Vastemoisa_vallakohus, lk 7
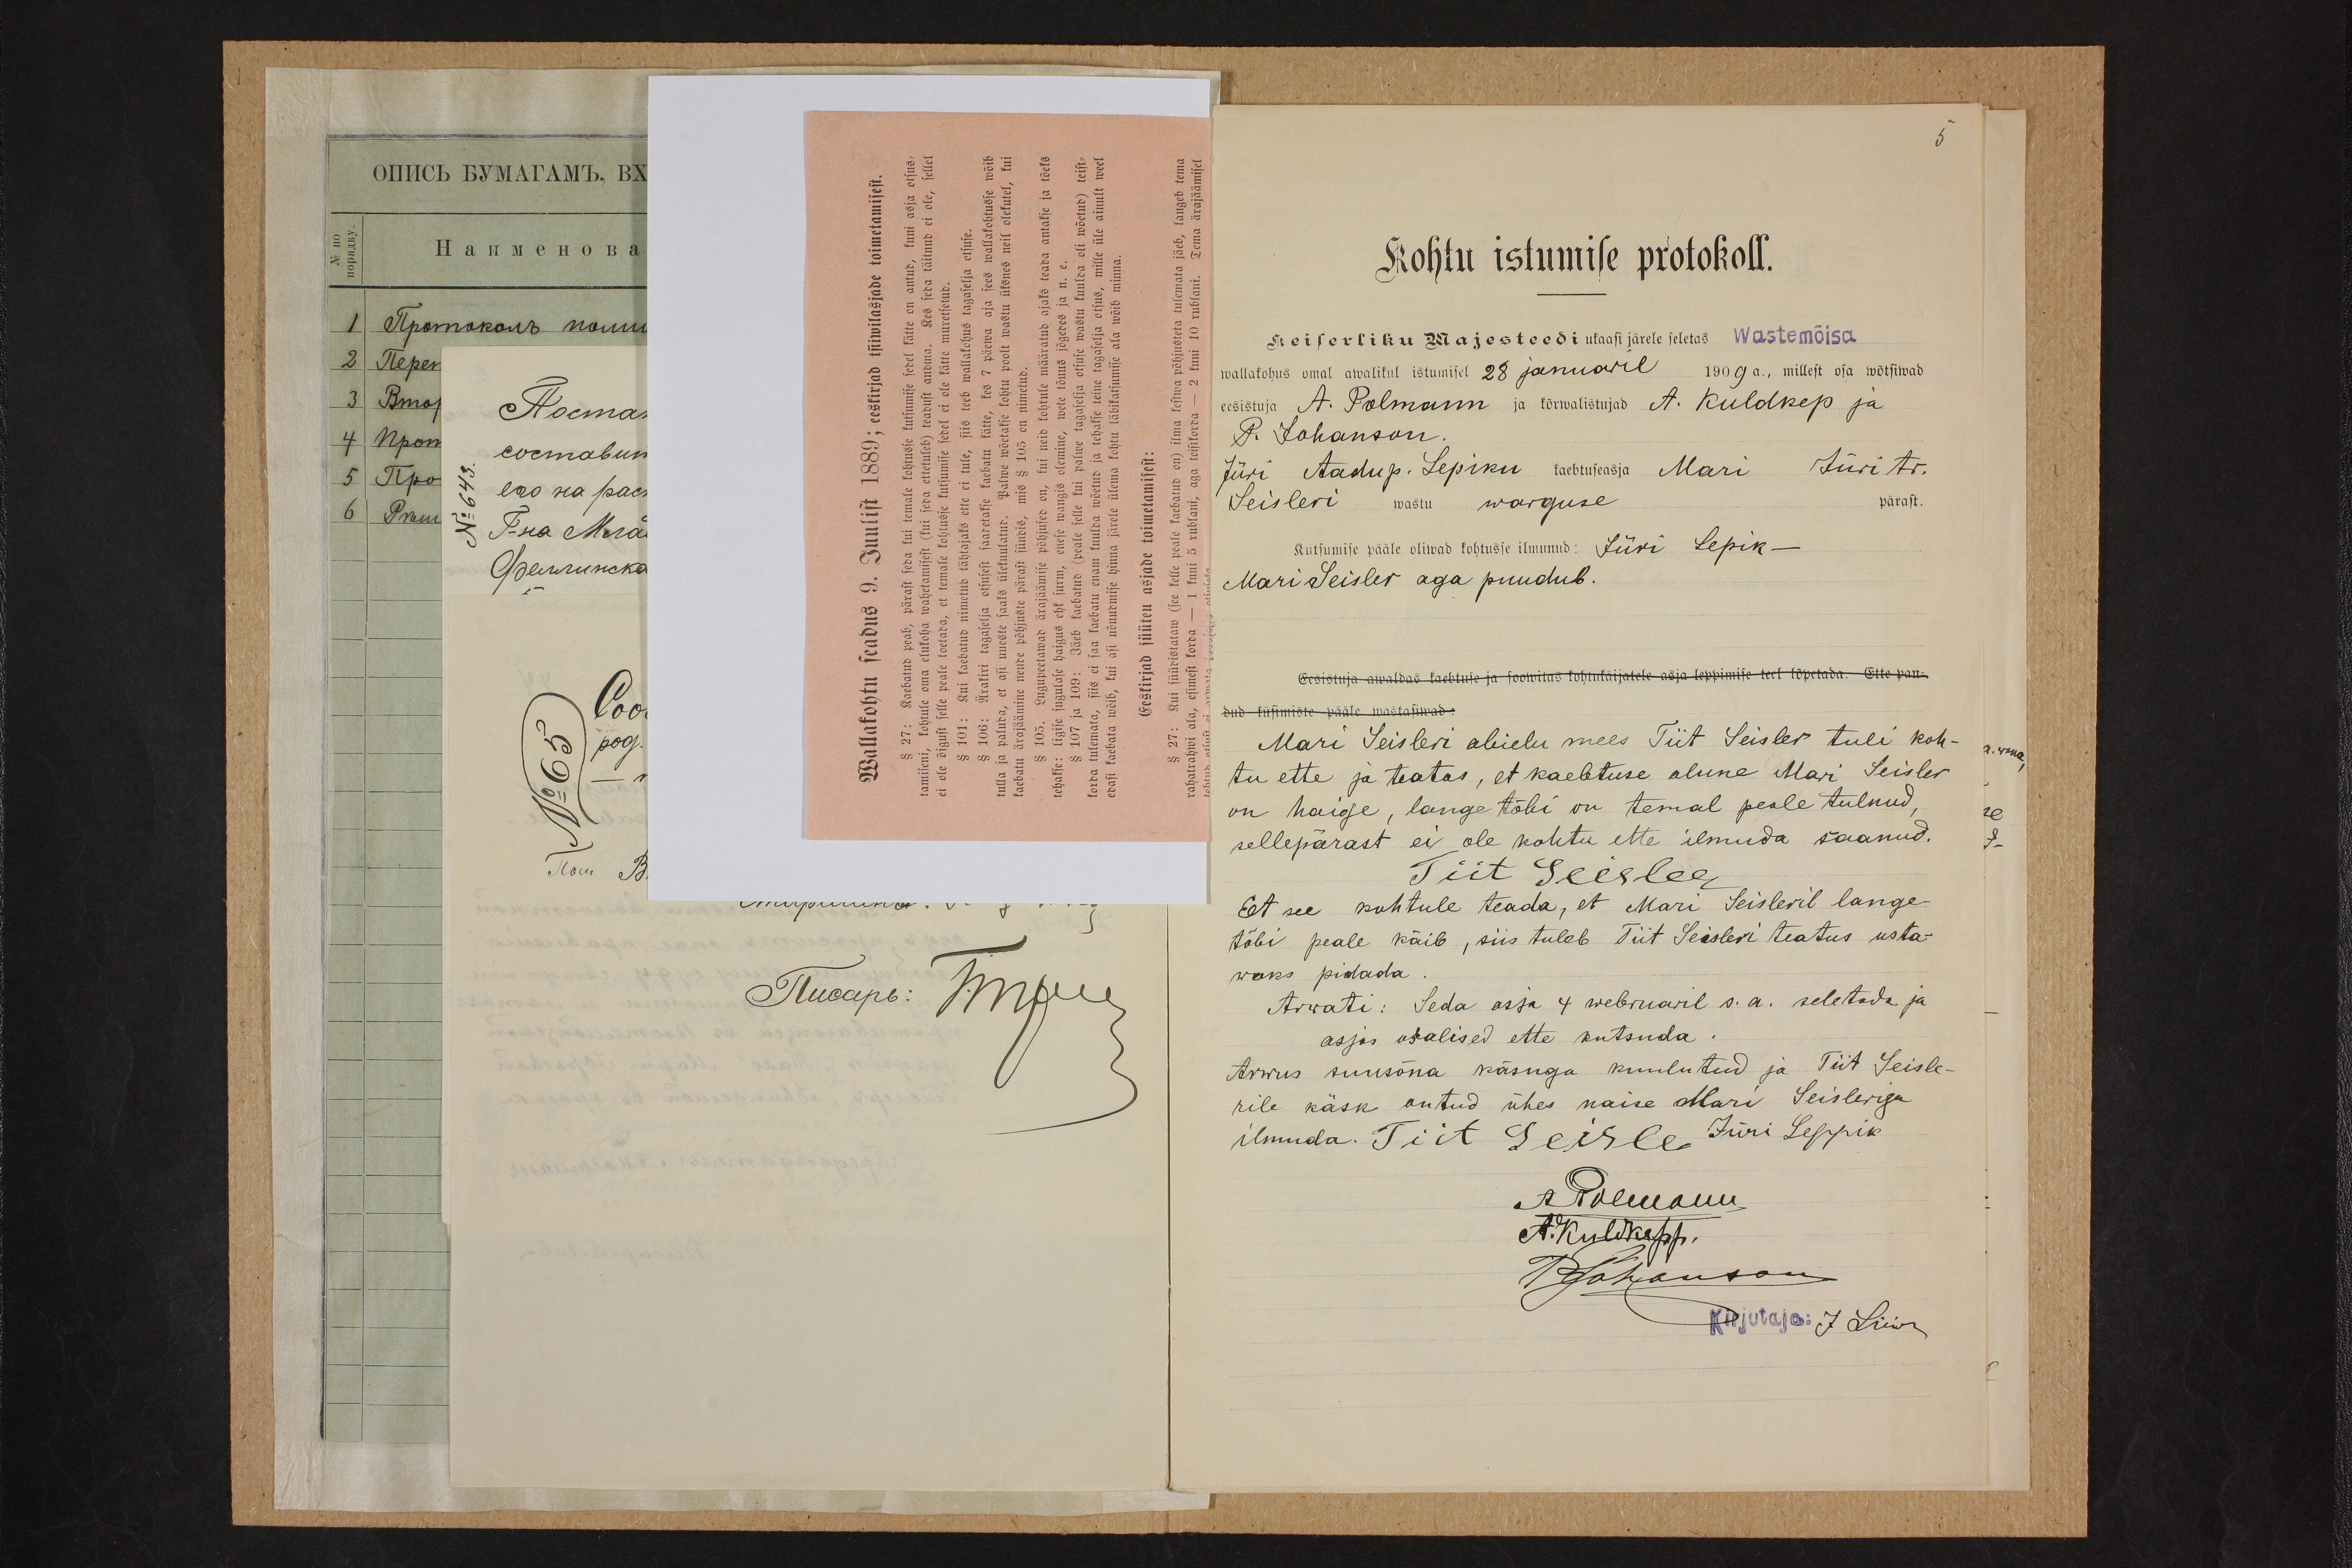
5
Kohtu istumise protokoll.
Keiserliku Majesteedi uksasi järele seletas Wastemõisa
wallakohus omal awalikul istumisel 28 Januaril 1909 a., millest osa wõtsiwad
eesistuja A. Polmann ja kõrwalistujad A. Kuldkep ja
P. Johanson.
Jüri Aadu p. Lepiku kaebtuseasja Mari Jüri tr.
Seisleri wastu warguse
pärast.
Kutsumise pääle oliwad kohtusse ilmunud: Jüri Lepik -
Mari Seisler aga puudub.
Eesistuja awaldas kaebtuse ja soowitas kohtukäijatele asja leppimise teel lõpetada. Ette pan-
ud küsimiste pääle wastasiwad:
Mari Seisleri abielu mees Tiit Seisles tuli koh-
tu ette ja teatas, et kaebtuse alune Mari Seisler
on haige, lange tõbi on temal peale tulnud.
sellepärast ei ole kohtu ette ilmuda saanud.
Tiit Seesler
Et see kohtule teada, et Mari Seisleril lange-
tõbi peale käib, siis tuleb Tiit Seisleri teatus usta-
waks pidada.
Arwati: Seda asja 4 weebruaril s.a. seletada ja
asjas osalised ette kutsuda.
Arwus suusõna käsuga kuulutud ja Tiit Seisle-
rile käsk antud ühes naise Mari Seisleriga
ilmuda. Tiit Seisle Jüri Leppik
A. Põlmann
A. Kuldkepp
PJohanson
Kirjutaja: J Liiw